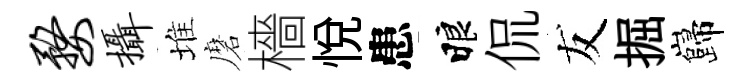
婺摄堆磨檣悦患睱侃友掘巋